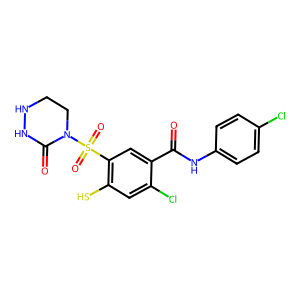
SMILES: O=C(Nc1ccc(Cl)cc1)c1cc(S(=O)(=O)N2CCNNC2=O)c(S)cc1Cl
Inhibits HIV replication: Yes